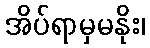
အိပ်ရာမှမနိုး၊